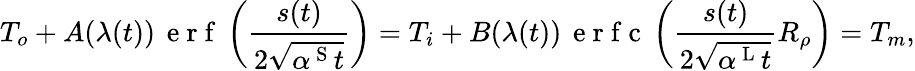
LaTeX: T_{o}+A(\lambda(t))\, \mathrm{~e~r~f~}\left(\frac{s(t)}{2\sqrt{\alpha^{\mathrm{~S~}}t}}\right)=T_{i}+B(\lambda(t))\, \mathrm{~e~r~f~c~}\left(\frac{s(t)}{2\sqrt{\alpha^{\mathrm{~L~}}t}}R_{\rho}\right)=T_{m},